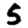
Digit: 5